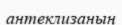
антеклизаның